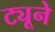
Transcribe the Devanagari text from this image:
ट्यूने